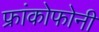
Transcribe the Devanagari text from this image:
फ्रांकोफोनी